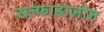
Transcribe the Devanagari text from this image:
सल्फाडाज़ीन